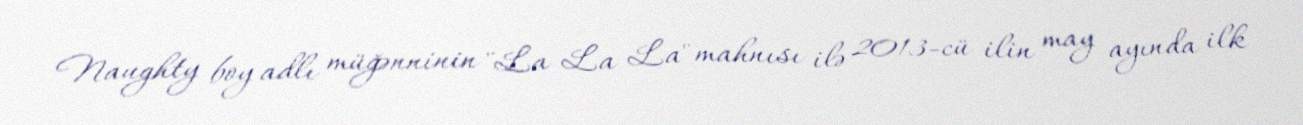
Naughty boy adlı müğənninin "La La La" mahnısı ilə 2013-cü ilin may ayında ilk